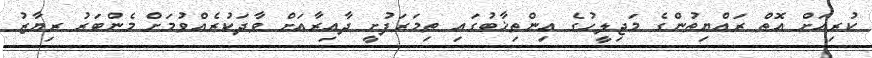
ކުރިއަށް އޮތް ރައްޔިތުންގެ މަޖިލީހުގެ އިންތިޚާބުގައި ތިމަރަފުށީ ދާއިރާއަށް ވާދަކުރެއްވުމަށް މެންބަރު ރިޔާޒު